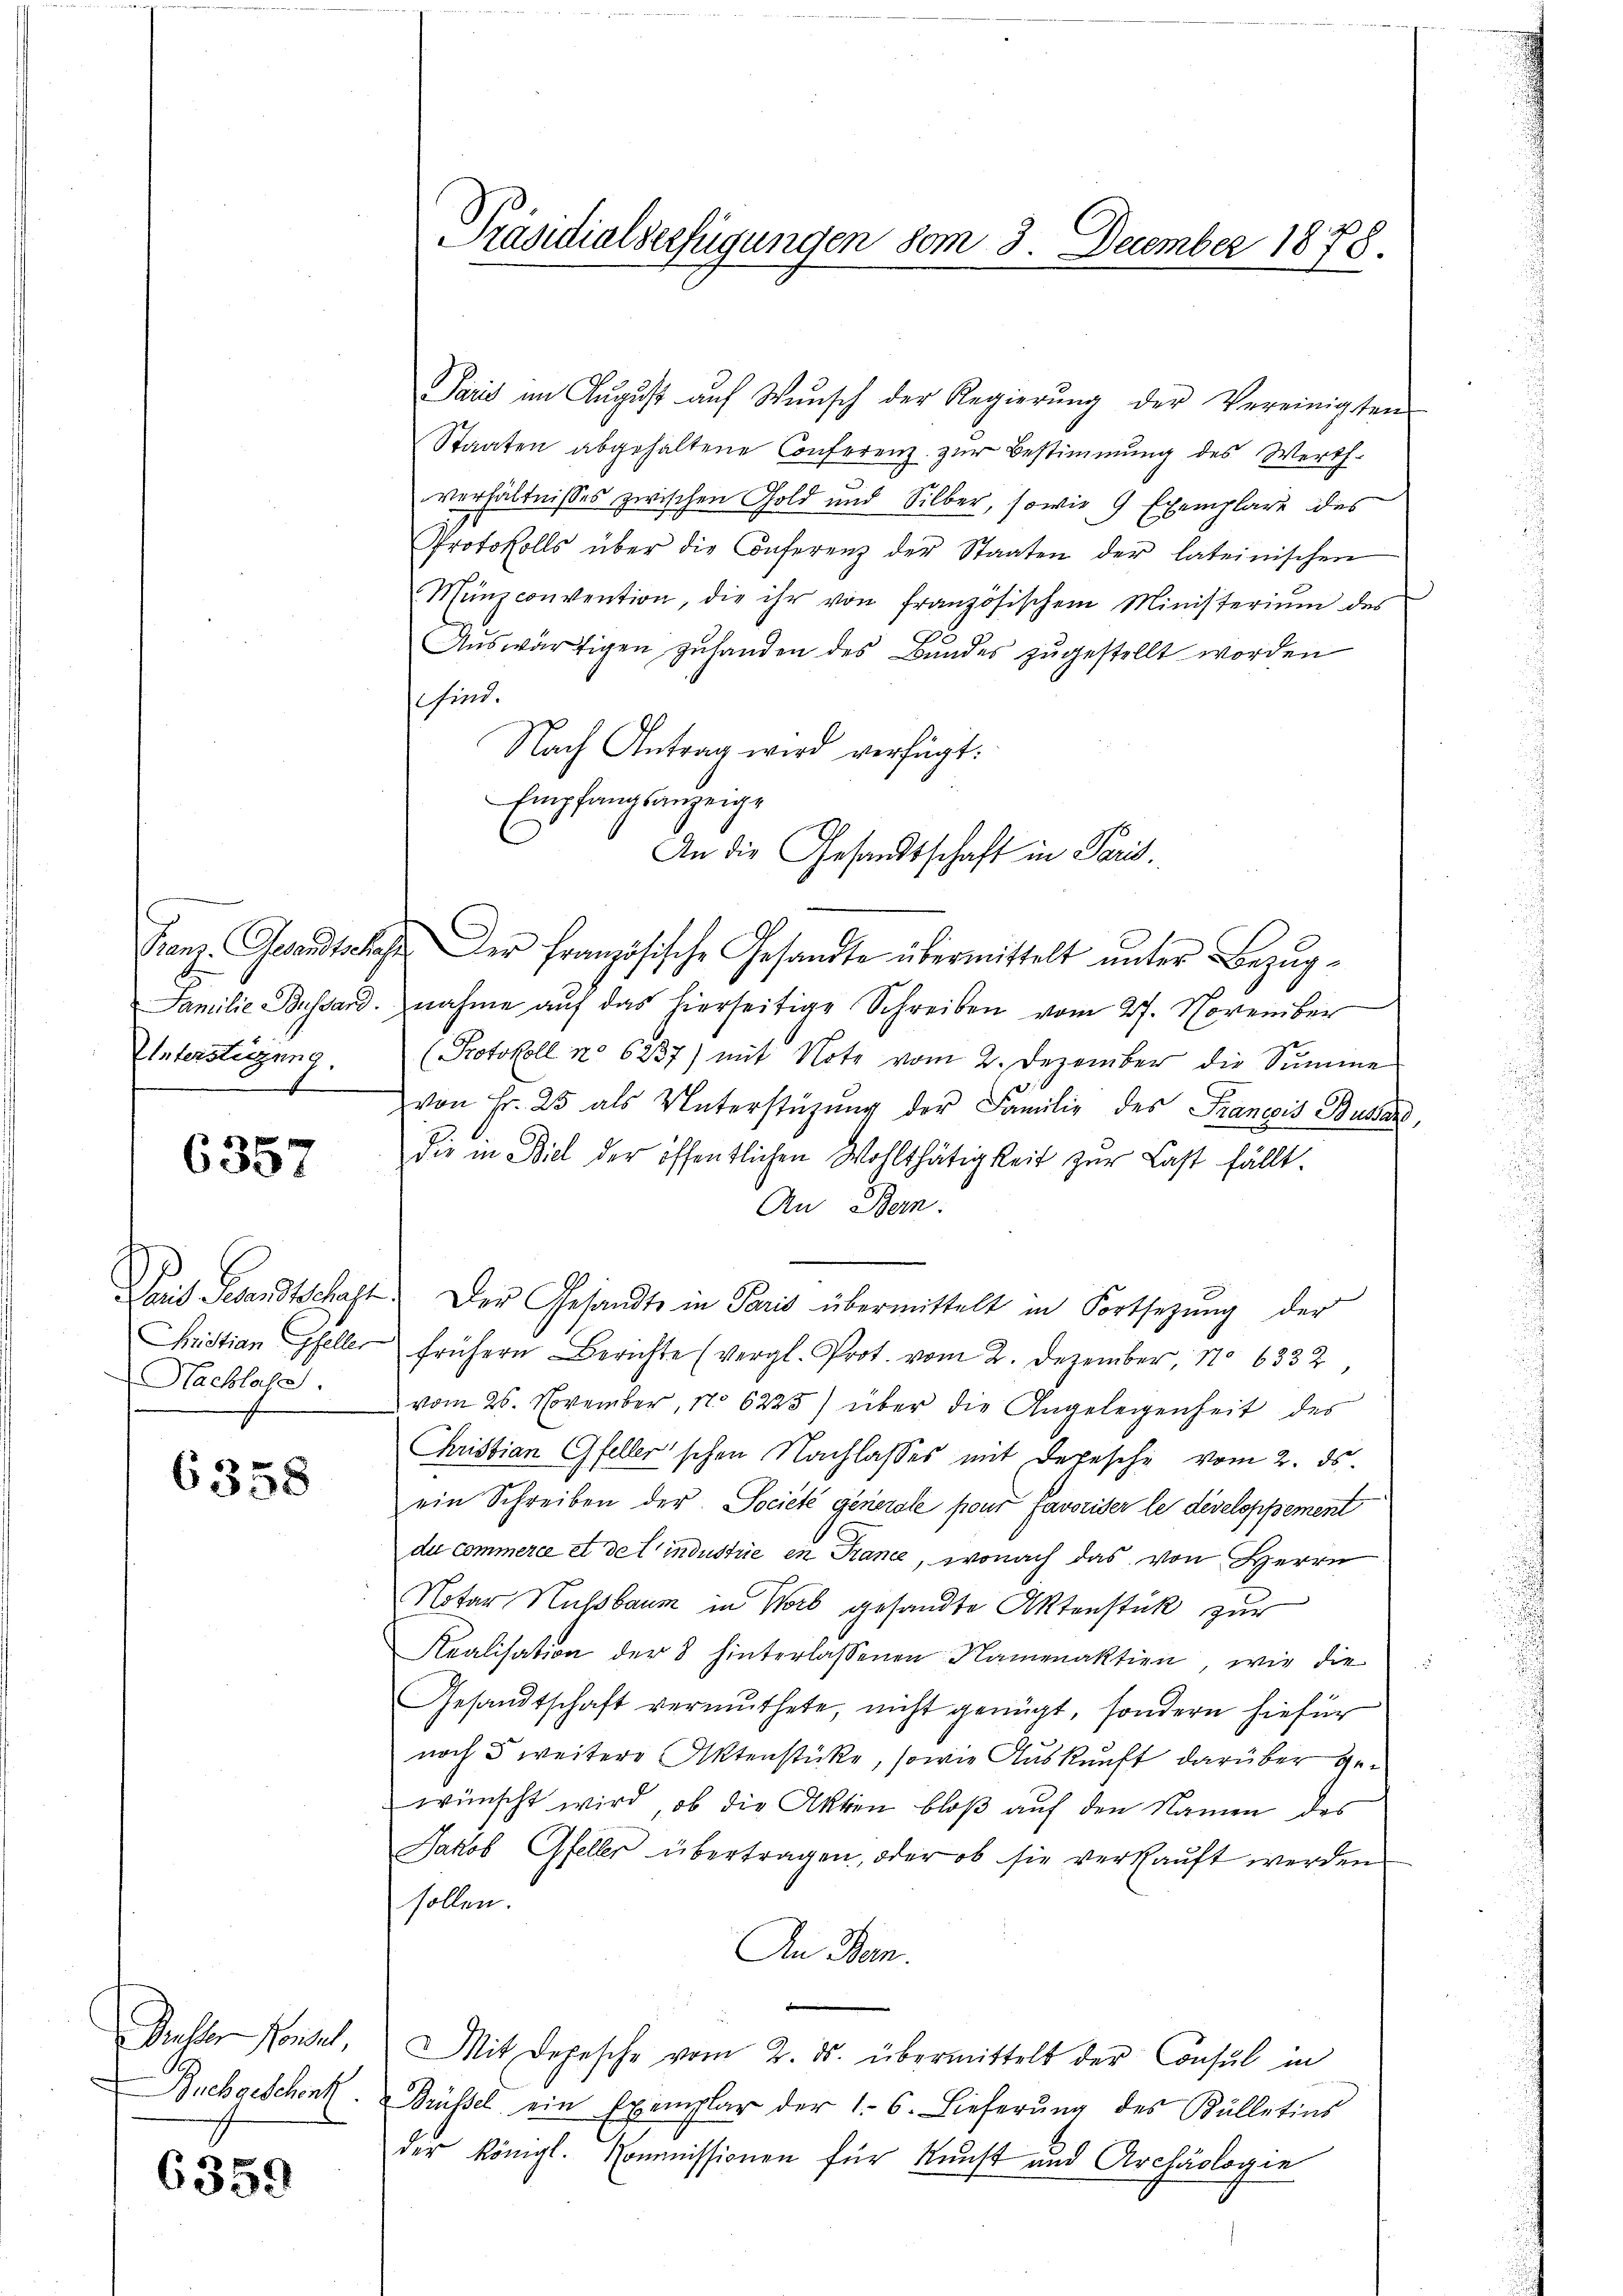
Untersteigung.
8

6357

Nachlate

6358

Musser Konsul

6359

Paris in Aŭgŭst auf Wunsch der Regierŭng der Vereinigten
Staaten abgehaltene Conferenz zur Bestimmung des Werthverhältnisses zwischen Gold und Silber, sowie 9 Exemplare des
Protokolls über die Conferenz der Staaten der lateinischen
Münzconvention, die ihr von französischem Ministeriŭm des
Aŭswärtigen zŭhanden des Bundes zŭgestellt worden
sind.
Nach Antrag wird verfügt:
Empfangsanzeige
An die Gesandtschaft in Paris.
Franz. Gesandtschaft der französische Gesandte übermittelt ŭnter Bezug¬
Familie Bussard nahme auf das hierseitige Schreiben vom 27. November
Protokoll No 6237) mit Note vom 2. Dezember die Summe
von Fr. 25 als Unterstüzung der Familie des Francois Bussen,
die in Biel der öffentlichen Wohlthätigkeit zur Last fällt.
An Bern:
Dait Gesandtschaft. Der Gesandte in Paris übermittelt in Fortsetzŭng der
Christian Gfeller frühern Berichte (vergl. Prot. vom 2. Dezember, No 6332,
vom 26. November, No 6225) über die Angelegenheit des
Christian Gfeller'schen Nachlasses mit Depesche vom 2. ds.
ein Schreiben der Societe generale pour favoriser le developpement
di commerce et detindustrie in France, wonach das von Herrn
Notar Hussbaum in Worb gesandte Aktenstück zur
Realisation der 8 hinterlassenen Namenaktien, wie die
Gesandtschaft vermuthete, nicht genügt, sondern hiefür
noch 5 weitere Aktenstücke, sowie Auskunft darüber gewünscht wird, ob die Akten bloß auf den Namen des
Jakob Gfeller übertragen, oder ob sie verkaŭft werden
sollen.
An Bern.
Mit Depesche vom 2. ds. übermittelt der Consul in
Zschgeschenkt. Brüssel ein Exemplar der 16. Lieferŭng des Külletins
der Königl. Kommissionen für Kunst und Archäologie

Präsidialverfügungen vom 3. December 1878.